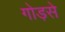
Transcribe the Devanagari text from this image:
गोड़से